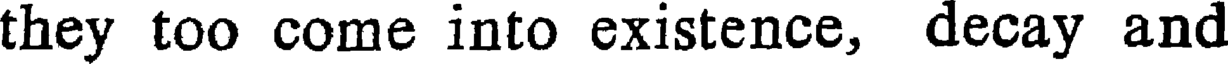
they too come into existence, decay and